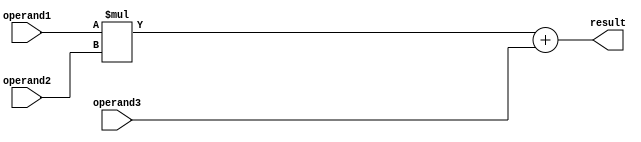
module FMA_unit (
  input wire [31:0] operand1,
  input wire [31:0] operand2,
  input wire [31:0] operand3,
  output reg [31:0] result
);

reg [31:0] mul_result;
reg [31:0] add_result;
reg [31:0] final_result;

always @(*) begin
  // Perform multiplication
  mul_result = operand1 * operand2;
  
  // Perform addition
  add_result = mul_result + operand3;
  
  // Round and normalize the result (additional code needed)
  // Error checking and exception handling (additional code needed)
  
  // Assign final result
  final_result = add_result;
end

assign result = final_result;

endmodule